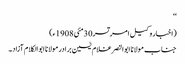
‘‘
(اخبار وکیل امرتسر30مئی 1908ء)
جناب مولانا ابوالنصر غلام یٰسین برادر مولانا ابوالکلام آزاد۔